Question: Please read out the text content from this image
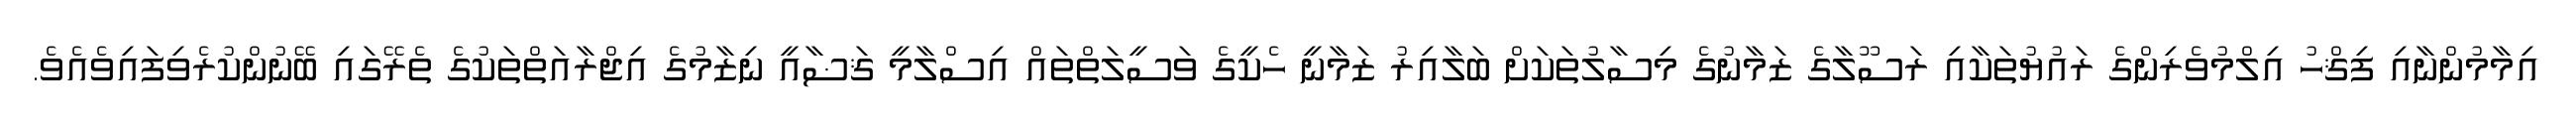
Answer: އިމާމުންނާއި ފިޤްހު އިލްމުވެރިންގެ ރައުޔުތަކާއި ރަސޫލާގެ ޒަމާނުގެ މިސާލުތަކަށް ބަލާއިރު ޒަމާނީ ހެކީގެ ވަސީލަތްތައް އިސްލާމީ ޤަޟާއީ ނިޒާމުގެ އިޖްރާއަތްތަކުގެ ތެރޭގައި ބޭނުންކުރެވިފައިވެއެވެ.